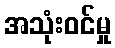
အသုံးဝင်မှု